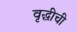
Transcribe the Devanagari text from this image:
वृद्धीची